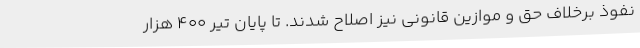
نفوذ برخلاف حق و موازین قانونی نیز اصلاح شدند. تا پایان تیر 400 هزار